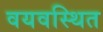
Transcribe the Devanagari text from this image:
वयवस्थित